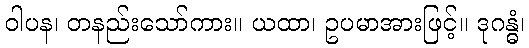
ဝါပန၊ တနည်းသော်ကား။ ယထာ၊ ဥပမာအားဖြင့်။ ဒုဂန္ဓံ၊